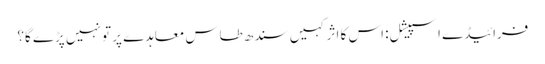
فرائیڈے اسپیشل: اس کا اثر کہیں سندھ طاس معاہدے پر تو نہیں پڑے گا؟